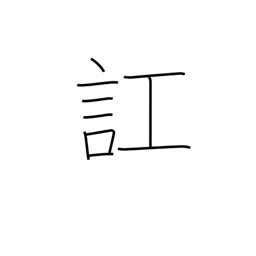
Meaning: get confused